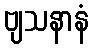
ဗျသနာနံ